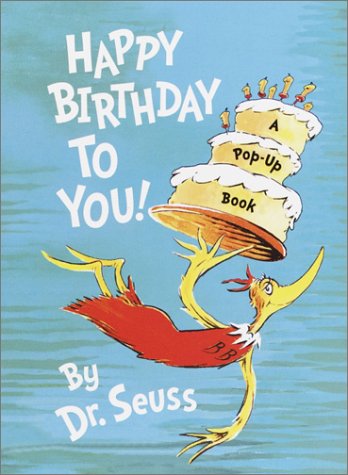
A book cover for Happy Birthday to You! (Mini Pops); Dr. Seuss; Children's Books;